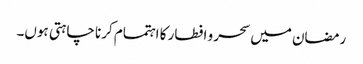
رمضان میں سحر و افطار کا اہتمام کرنا چاہتی ہوں۔